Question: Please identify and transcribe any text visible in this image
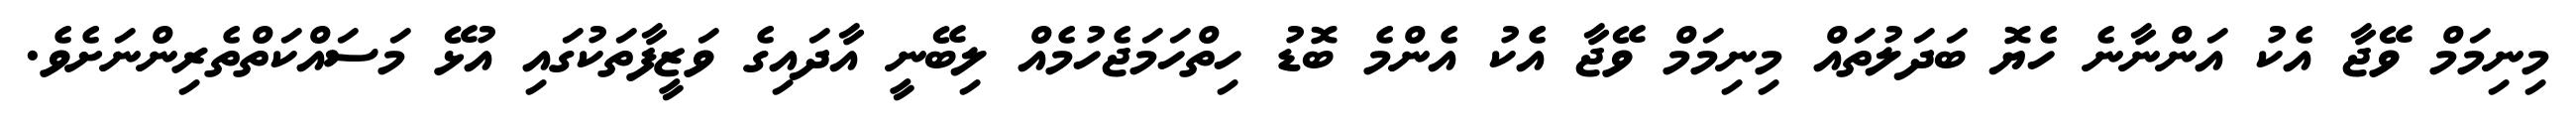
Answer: މިނިމަމް ވޭޖާ އެކު އަންނާނެ ހެޔޮ ބަދަލުތައް މިނިމަމް ވޭޖާ އެކު އެންމެ ބޮޑު ހިތްހަމަޖެހުމެއް ލިބޭނީ އާދައިގެ ވަޒީފާތަކުގައި އުޅޭ މަސައްކަތްތެރިންނަށެވެ.